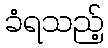
ခံရသည့်